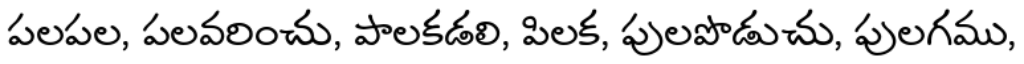
పలపల, పలవరించు, పాలకడలి, పిలక, పులపొడుచు, పులగము,